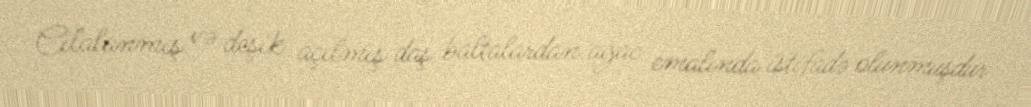
Cilalanmış və deşik açılmış daş baltalardan ağac emalında istifadə olunmuşdur